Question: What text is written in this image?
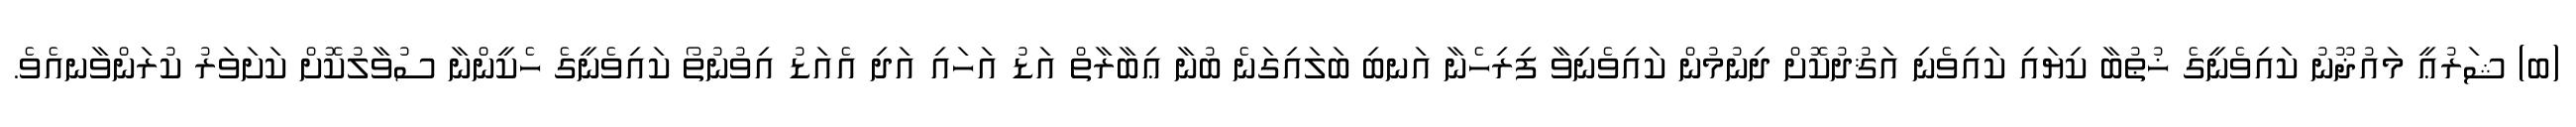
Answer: (ބ) ޝަރުޢީ މައުޛޫނު ކައިވެނީގެ ޚުޠުބާ ކިޔައި ކައިވެނި އަޤުދުކޮށް ދިނުމުން ކައިވެނިވާ ފިރިހެނާ އަނބި ބަލައިގަނެ ބުނާ ޢިބާރާތް އަޑު އަހައި އަދި އެއަޑު އިވުނުތޯ ކައިވެނީގެ ހެކީންނާ ސުވާލުކޮށް ކަށަވަރު ކުރަންވާނއެވެ.